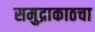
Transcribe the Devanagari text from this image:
समुद्राकाठचा